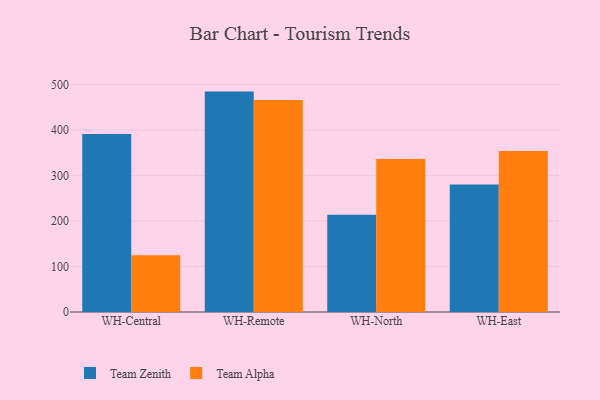
{"axis": {"x": "Warehouse", "y": "Energy Usage (MWh)"}, "legend": ["Team Alpha", "Team Zenith"], "data": [{"x": "WH-Central", "y": 391.0, "type": "Team Zenith"}, {"x": "WH-Central", "y": 124.6, "type": "Team Alpha"}, {"x": "WH-Remote", "y": 484.2, "type": "Team Zenith"}, {"x": "WH-Remote", "y": 466.0, "type": "Team Alpha"}, {"x": "WH-North", "y": 213.9, "type": "Team Zenith"}, {"x": "WH-North", "y": 336.2, "type": "Team Alpha"}, {"x": "WH-East", "y": 280.1, "type": "Team Zenith"}, {"x": "WH-East", "y": 353.8, "type": "Team Alpha"}]}